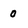
Character: 0